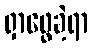
ရှာဖွေခဲ့ရာ